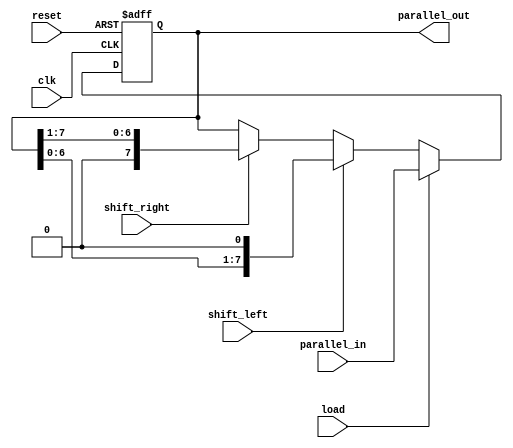
module shift_register (
    input wire clk,               // Clock signal
    input wire reset,             // Reset signal
    input wire shift_left,        // Control signal to shift left
    input wire shift_right,       // Control signal to shift right
    input wire load,              // Control signal to load data
    input wire [7:0] parallel_in, // 8-bit parallel input data
    output reg [7:0] parallel_out // 8-bit parallel output data
);

    reg [7:0] shift_reg; // 8-bit shift register

    always @(posedge clk or posedge reset) begin
        if (reset) begin
            shift_reg <= 8'b0; // Clear the register on reset
        end else if (load) begin
            shift_reg <= parallel_in; // Load parallel data into the register
        end else if (shift_left) begin
            shift_reg <= {shift_reg[6:0], 1'b0}; // Shift left and fill with 0
        end else if (shift_right) begin
            shift_reg <= {1'b0, shift_reg[7:1]}; // Shift right and fill with 0
        end
    end

    // Assign the output to the current state of the shift register
    always @(*) begin
        parallel_out = shift_reg; // Output the current value of the shift register
    end

endmodule